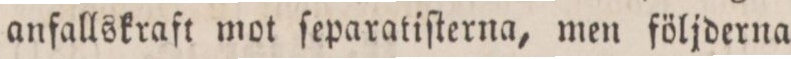
anfallskraft mot ſeparatiſterna, men följderna